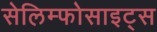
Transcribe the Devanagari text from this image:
सेलिम्फोसाइट्स